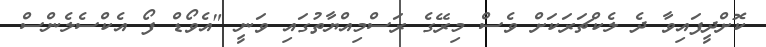
ކޮށްދީފައިވާ ދެ ލެކްޗަރަކަށް ވެސް މިރޭގެ ރަސްމިއްޔާތުގައި ވަނީ "އެވޯޑް ފޯ އެކްސެލެންސް